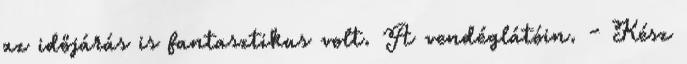
az időjárás is fantasztikus volt. A vendéglátóin. - Kész